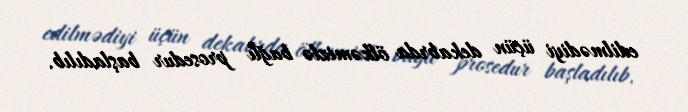
edilmədiyi üçün dekabrda ölkəmizlə bağlı prosedur başladılıb.